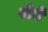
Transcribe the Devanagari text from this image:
सेधे